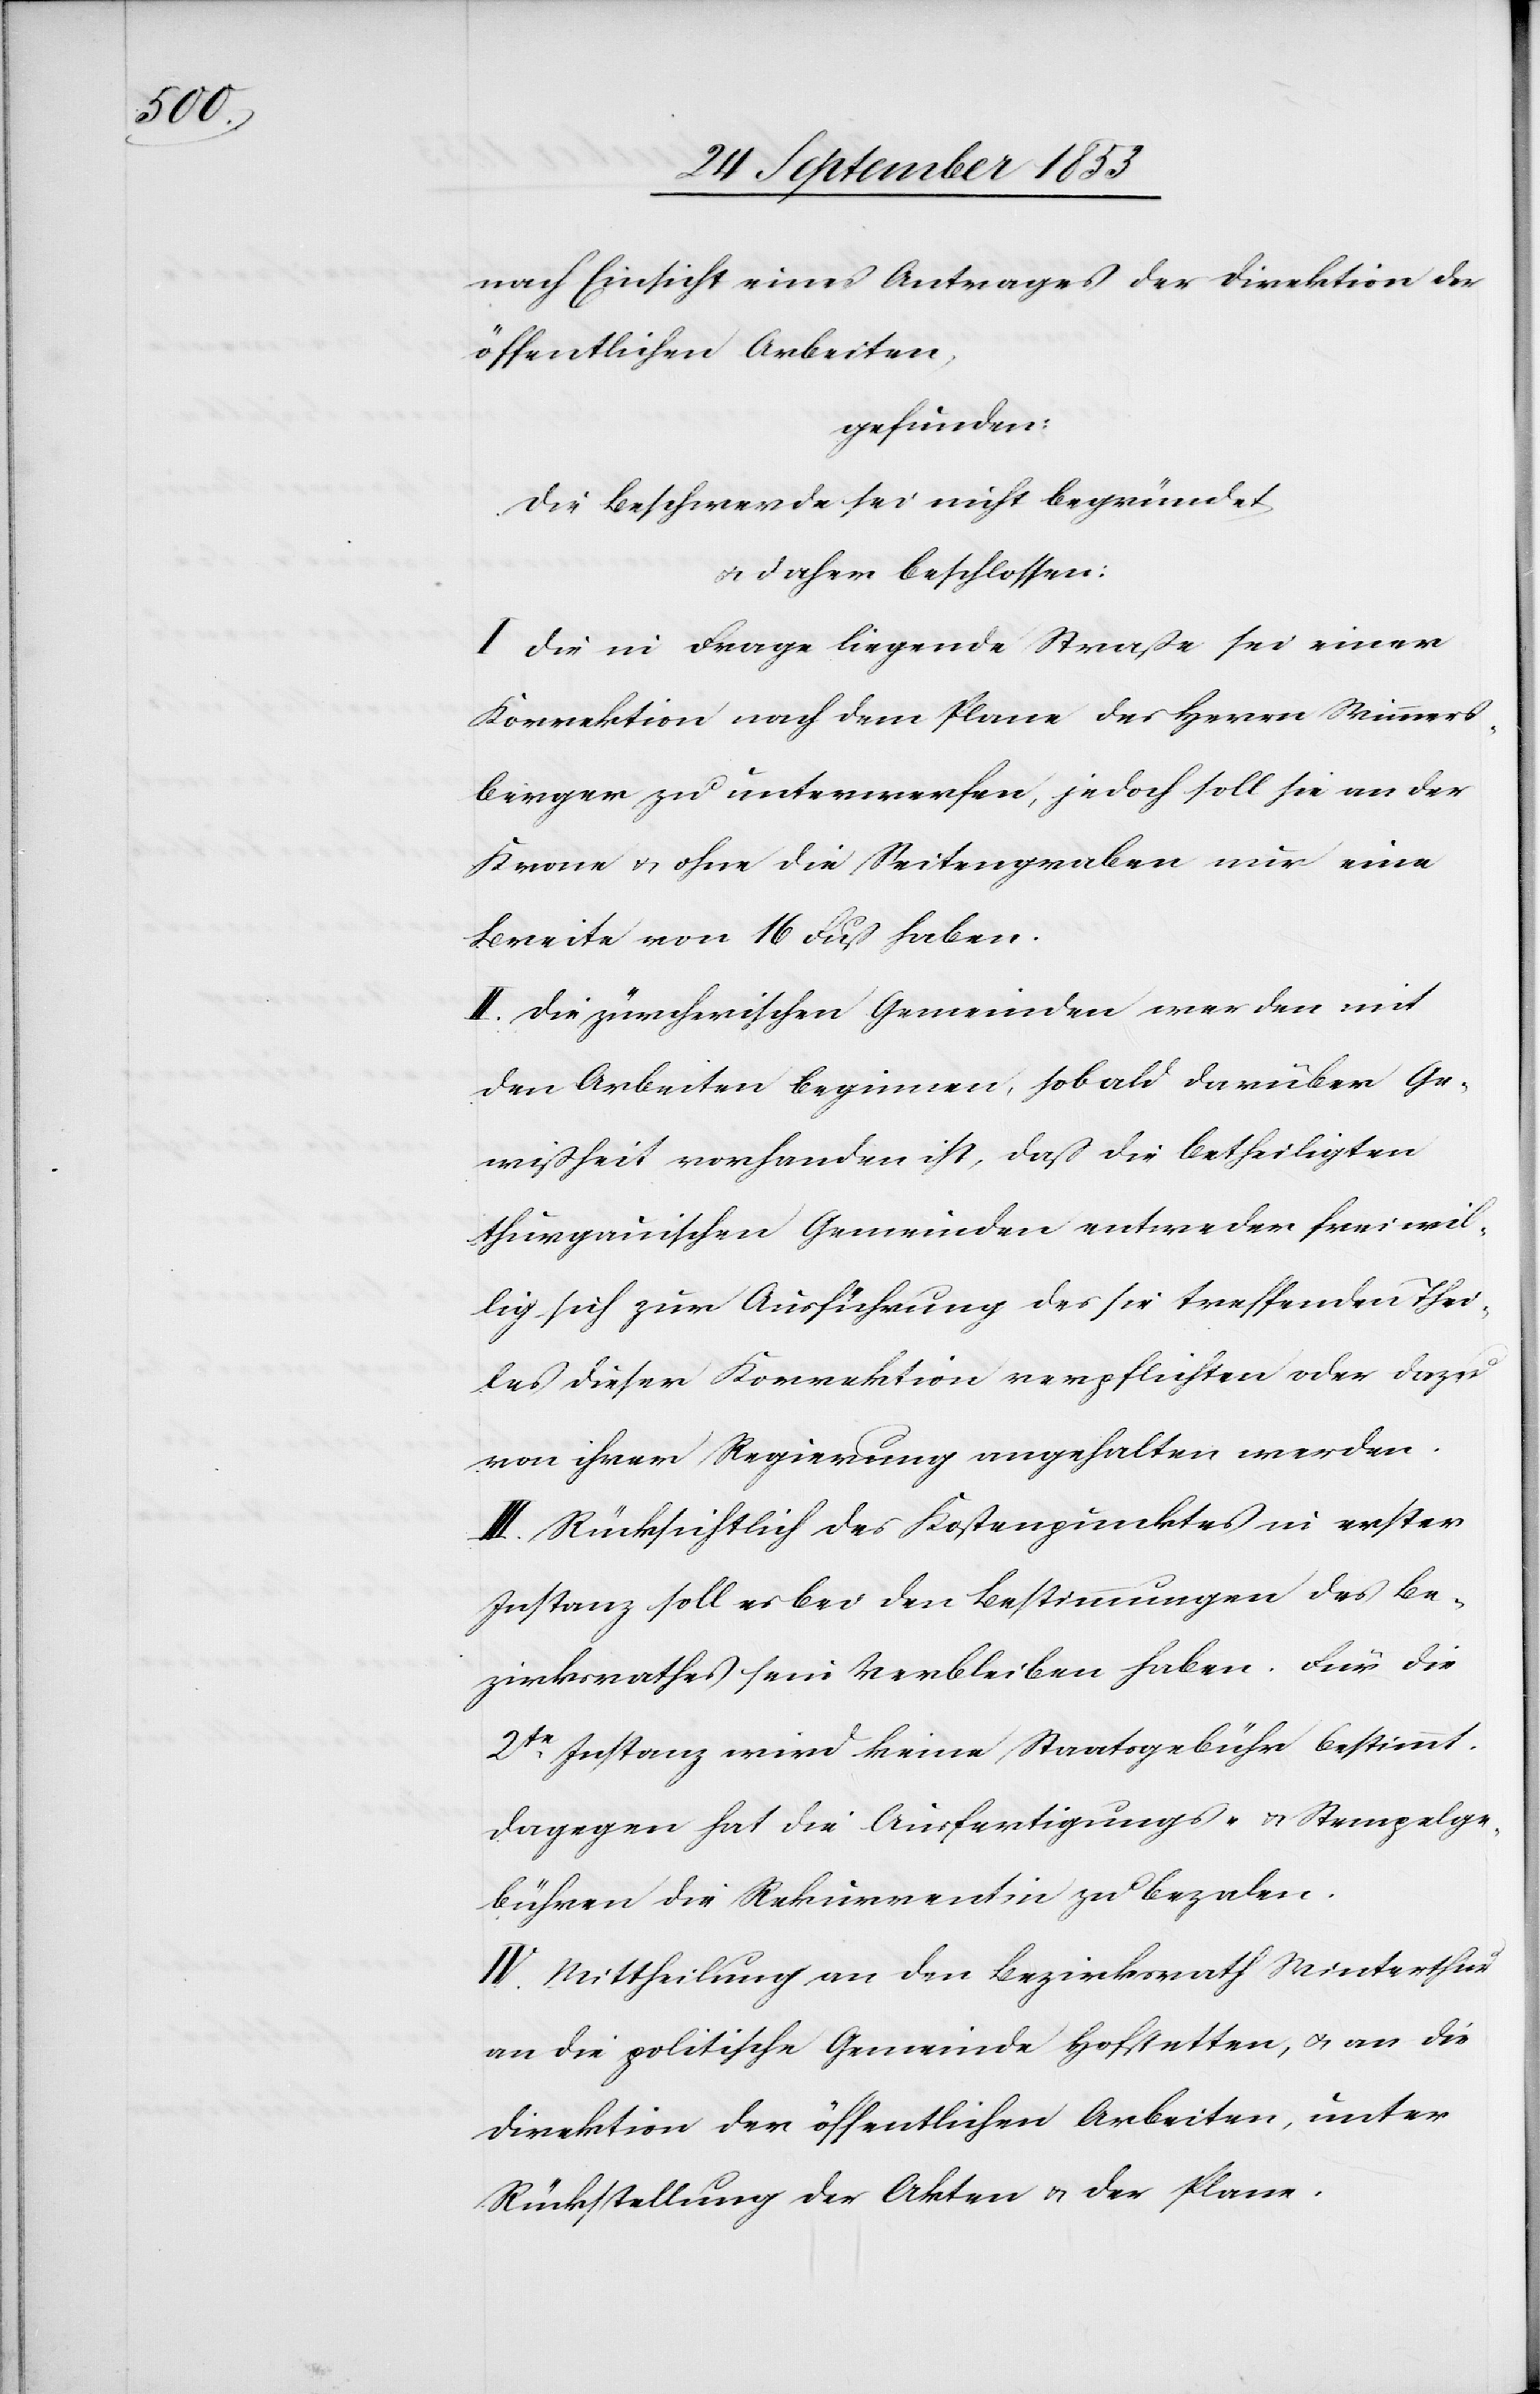
nach Einsicht eines Antrages der Direktion der
öffentlichen Arbeiten,
gefunden:
Die Beschwerde sei nicht begründet,
u. daher beschlossen:
I. Die in Frage liegende Straße sei einer
Korrektion nach dem Plane des Herrn Wimmers¬
berger zu unterwerfen, jedoch soll sie an der
Krone u. ohne die Seitengraben nur eine
Breite von 16 Fuß haben.
II. Die zürcherischen Gemeinden werden mit
den Arbeiten beginnen, sobald darüber Ge¬
wißheit vorhanden ist, daß die Betheiligten
thurgauischen Gemeinden entweder freiwil¬
lig sich zur Ausführung des sie treffenden Thei¬
les dieser Korrektion verpflichten oder dazu
von ihrer Regierung angehalten werden.
III. Rücksichtlich des Kostenpunktes in erster
Instanz soll es bei den Bestimmungen des Be¬
zirksrathes sein Verbleiben haben. Für die
2t¬
e Instanz wird keine Staatsgebühr bestimmt.
Dagegen hat die Ausfertigungs- u. Stempelge¬
bühren die Rekurrentin zu bezalen.
IV. Mittheilung an den Bezirksrath Winterthur
an die politische Gemeinde Hofstetten, u. an die
Direktion der öffentlichen Arbeiten, unter
Rückstellung der Akten u. der Plane.